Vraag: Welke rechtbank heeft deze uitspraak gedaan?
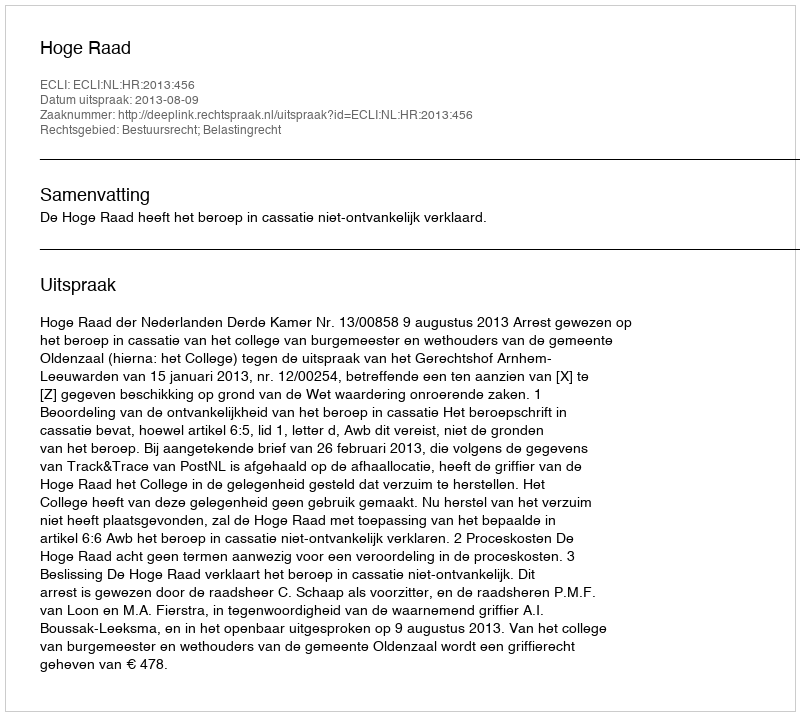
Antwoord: Hoge Raad